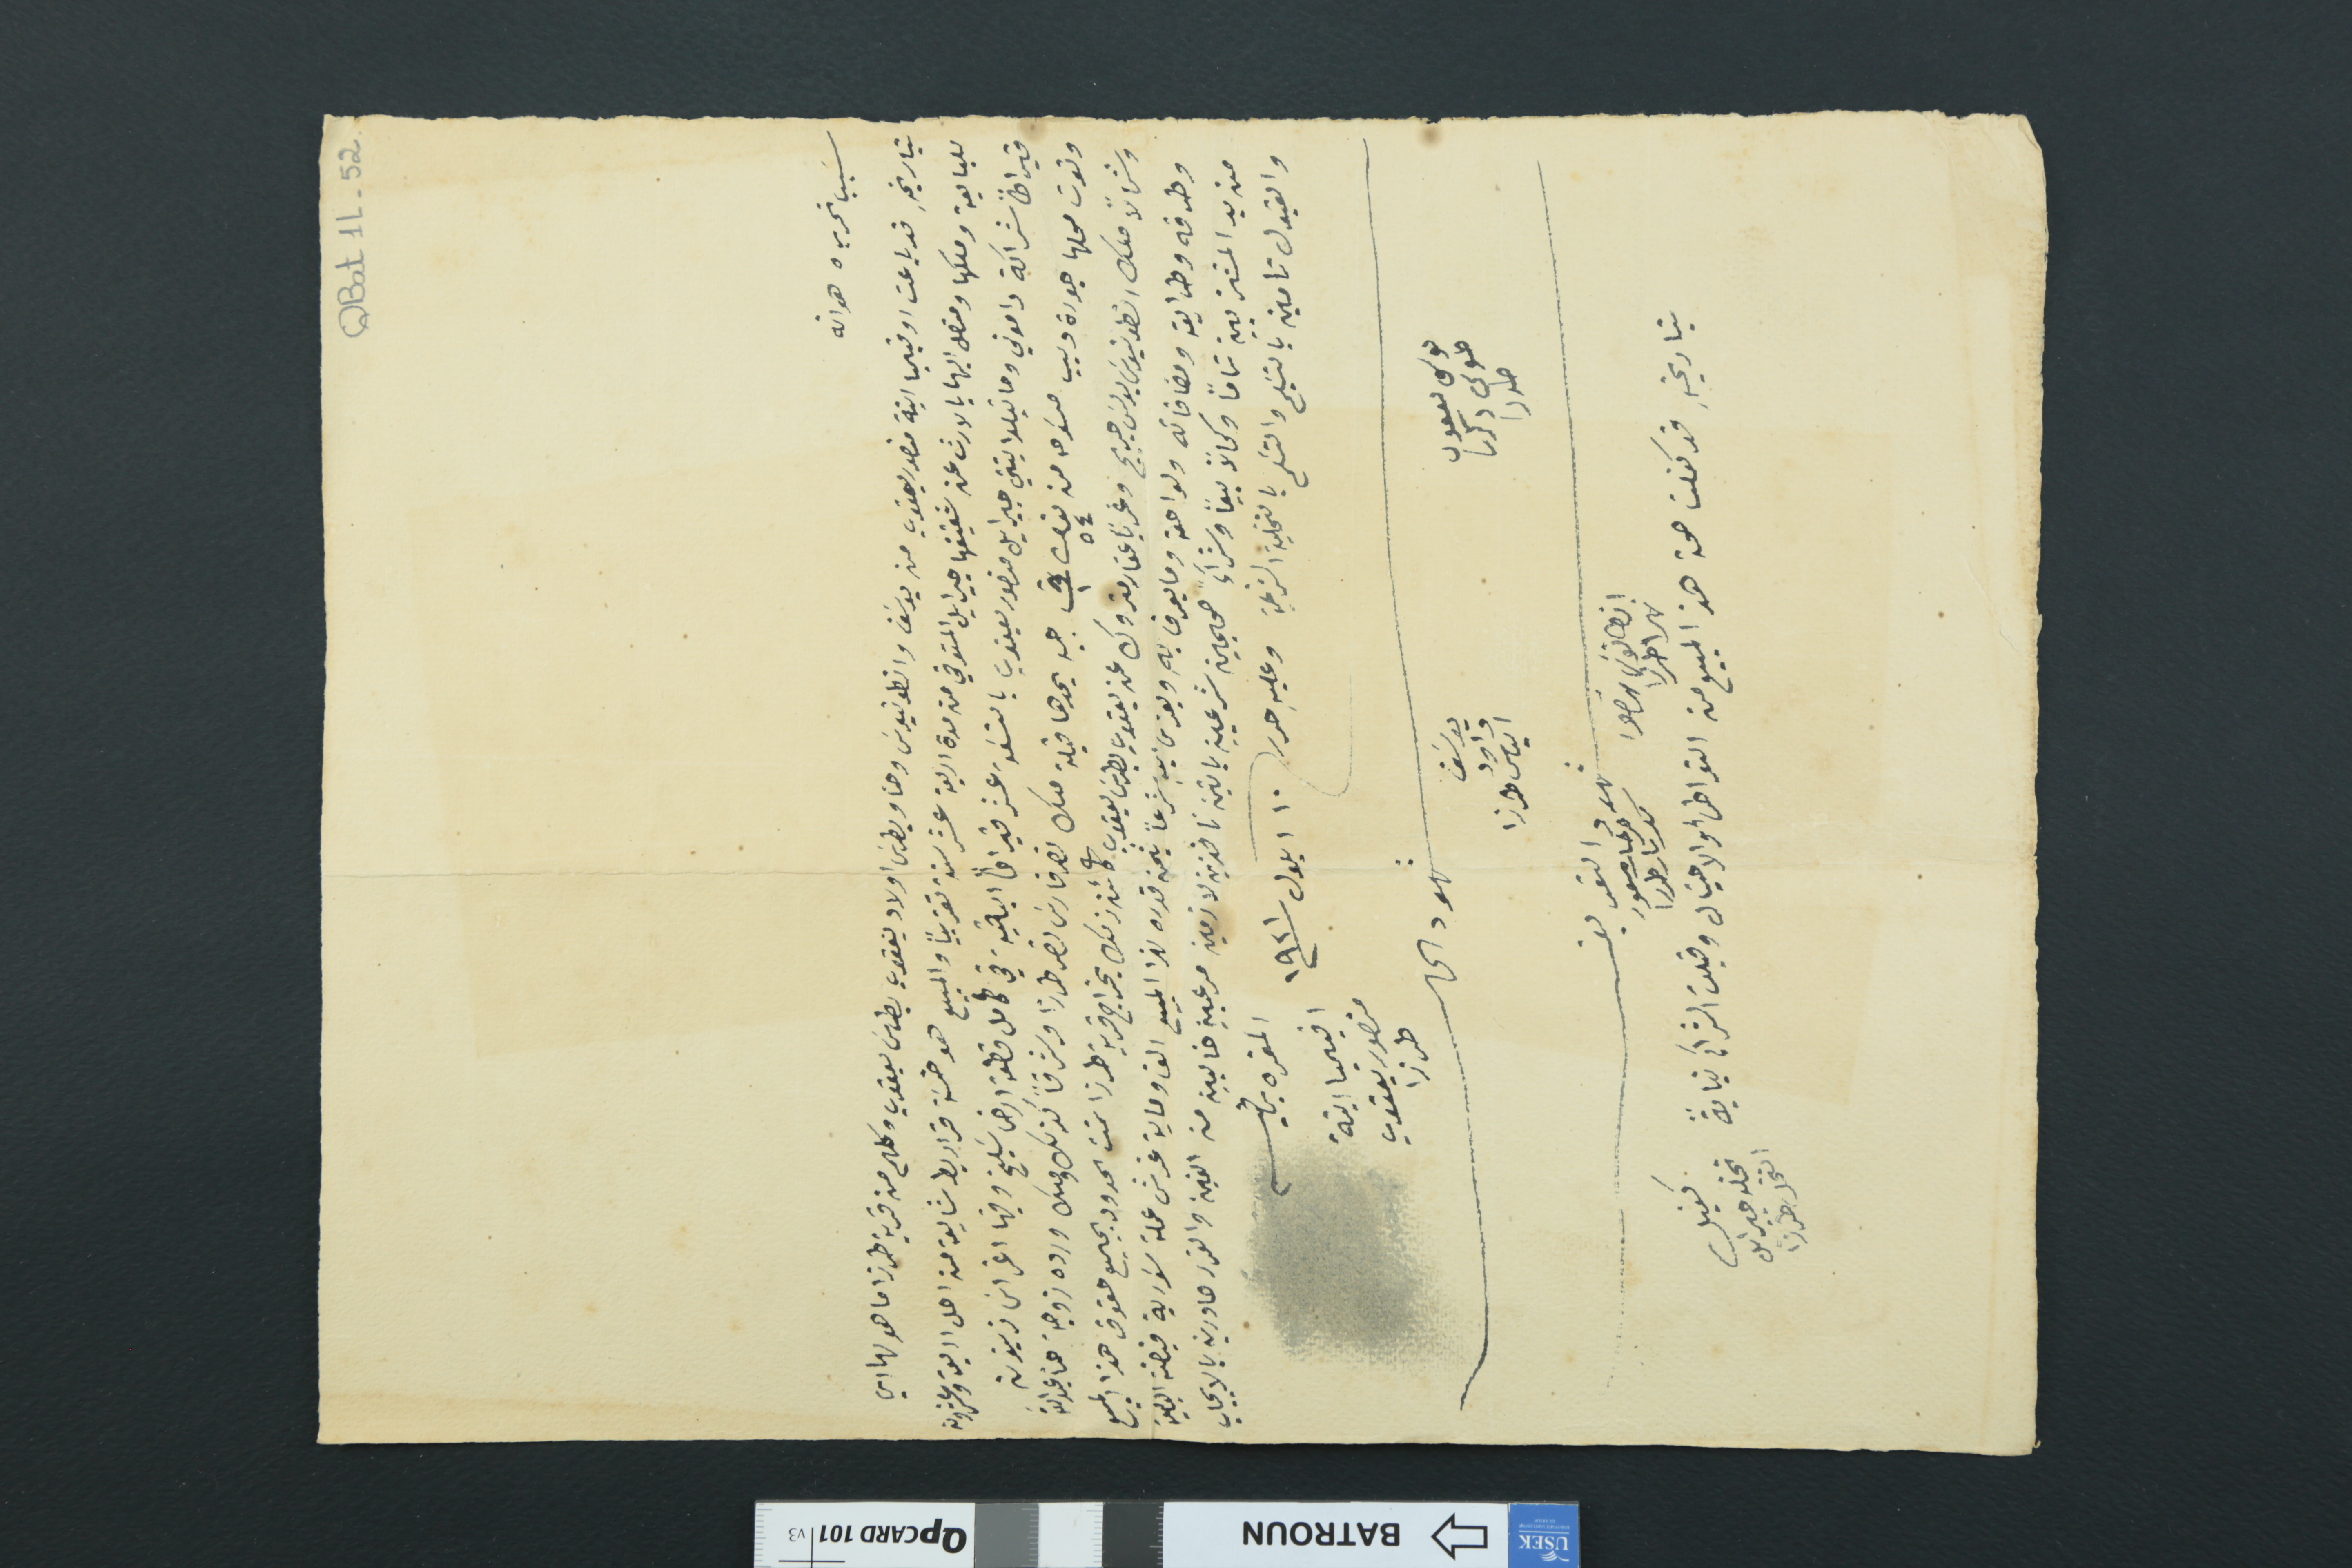
QBat1L-52
سَبب تحريره هو انه
بتاريخهِ قد باعت اوفيميا ابنة منصور يعقوب من يوسَف وانطونيوسَ وحنا وبطرسَ اولاد يعقوب بطرسَ يعقوب وكلهم من قرية طرزا ما هو لها وهي
للبايعة وملكها ومتصل اليها بالارث عن شقيقها جبرايل المتوفي من مدة اربعة عشر سنة تقريباُ والمبيع هو خمسَة قراريط شايعة من اصل اربعة وعشرون
قيراطاً شراكة داموني وماتيلدا بنتي جبرايل منصور يعقوب بالتسَعة عشر قيراطاً الباقية في كامل قطعة ارض سَليخ وفيها اغراس زيتون
وتوت محلها جورة ديب ممسوحه من نمرو ٥٤ ت ١ يحدها قبلة ملك نصر فارسَ نصر طرزا وشرقاً كذلك وملك ورده زوجة حنا عبدالله
وشمالاً ملك انطونيوسَ بولسَ جريج وغرباً عقار متروك عند يعقوب بطرسَ يعقوب كائن ذلك بخراج قرية طرزا تحت الحدود بجميع حقوق هذا المبيع
وطرقه وطرايقه ومضافاته ولواحقه وما يعرف بهِ ويعزى اليهِ شرعاً بثمن قدره لهذا المبيع الف وماية غرش عملة سَورية قبضته البايعة
من يد المشتريين تماماً وكمالاً بيعاً وشرآءً صحيحين شرعيين باتين نافذين لازمين مرعيين من الغبن والغرر صادرين بالايجاب
والقبول تامين بالتسَليم والتسَلم بالتخلية الشرعية وعليهِ حرر ١٠ ايلول سنة ١٩٢١
المقره بيأسم افيميا ابنة منصور يعقوب طرزا
شهود الحال
بتاريخهِ قد كفلت صحة هذا المبيع من التواطىء والاحتيال وقبلت الشرآء نيابةً
كفيل نخله جبرايل النخل طرزا
موسى يعقوب طنوس دكريا طرزا
يوسف داود الياس طرزا
شهود التعريف
انطانوسَ منصور نهرا طرزا
فرحات مسعود كسبار طرزا